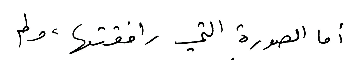
أما الصورة التي رافقتها، ولم